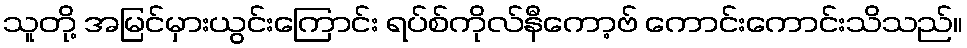
သူတို့ အမြင်မှားယွင်းကြောင်း ရပ်စ်ကိုလ်နီကော့ဗ် ကောင်းကောင်းသိသည်။